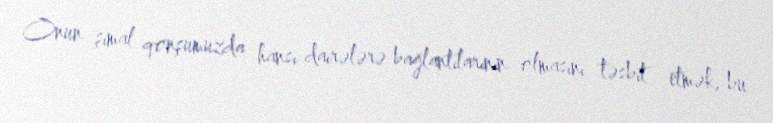
Onun şimal qonşumuzda hansı dairələrə bağlantılarının olmasını təsbit etmək, bu